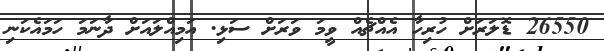
26550 ޑޮލަރަށް ހުރިހާ އެއްޗެއް ވީމަ ވަރަށް ސަޅި. އަމިއްލައަށް ދާނަމަ ހަމައެކަނި